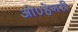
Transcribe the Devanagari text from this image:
ओ०हेनरी